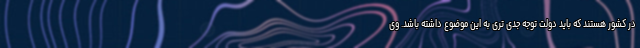
در کشور هستند که باید دولت توجه جدی تری به این موضوع داشته باشد. وی